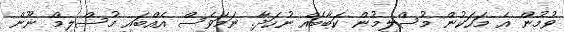
ވުމުން އެ މަހަކުން މުސްލިމުން ކަބާބެއް ނުހަދާ. ނަމަވެސް އެއްބައި މުސްލިމް ނޫން